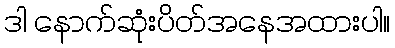
ဒါ နောက်ဆုံးပိတ်အနေအထားပါ။